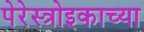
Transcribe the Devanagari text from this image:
पेरेस्त्रोइकाच्या